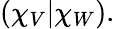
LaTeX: (\chi_{V}|\chi_{W}).